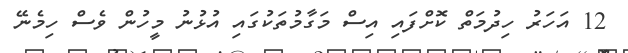
12 އަހަރު ހިދުމަތް ކޮށްފައި އިސް މަގާމުތަކުގައި އުޅުނު މީހުން ވެސް ހިމެނޭ